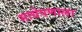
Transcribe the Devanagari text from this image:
साधेपणाला